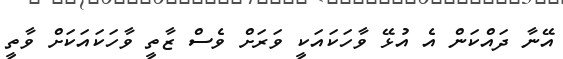
އޭނާ ދައްކަން އެ އުޅޭ ވާހަކައަކީ ވަރަށް ވެސް ޒާތީ ވާހަކައަކަށް ވާތީ